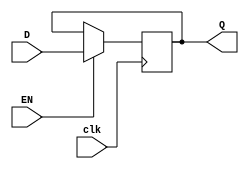
module DLatch(
    input wire D,
    input wire EN,
    input wire clk,
    output reg Q
);

always @(posedge clk) begin
    if(EN)
        Q <= D;
end

endmodule